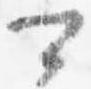
可